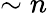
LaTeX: \sim n